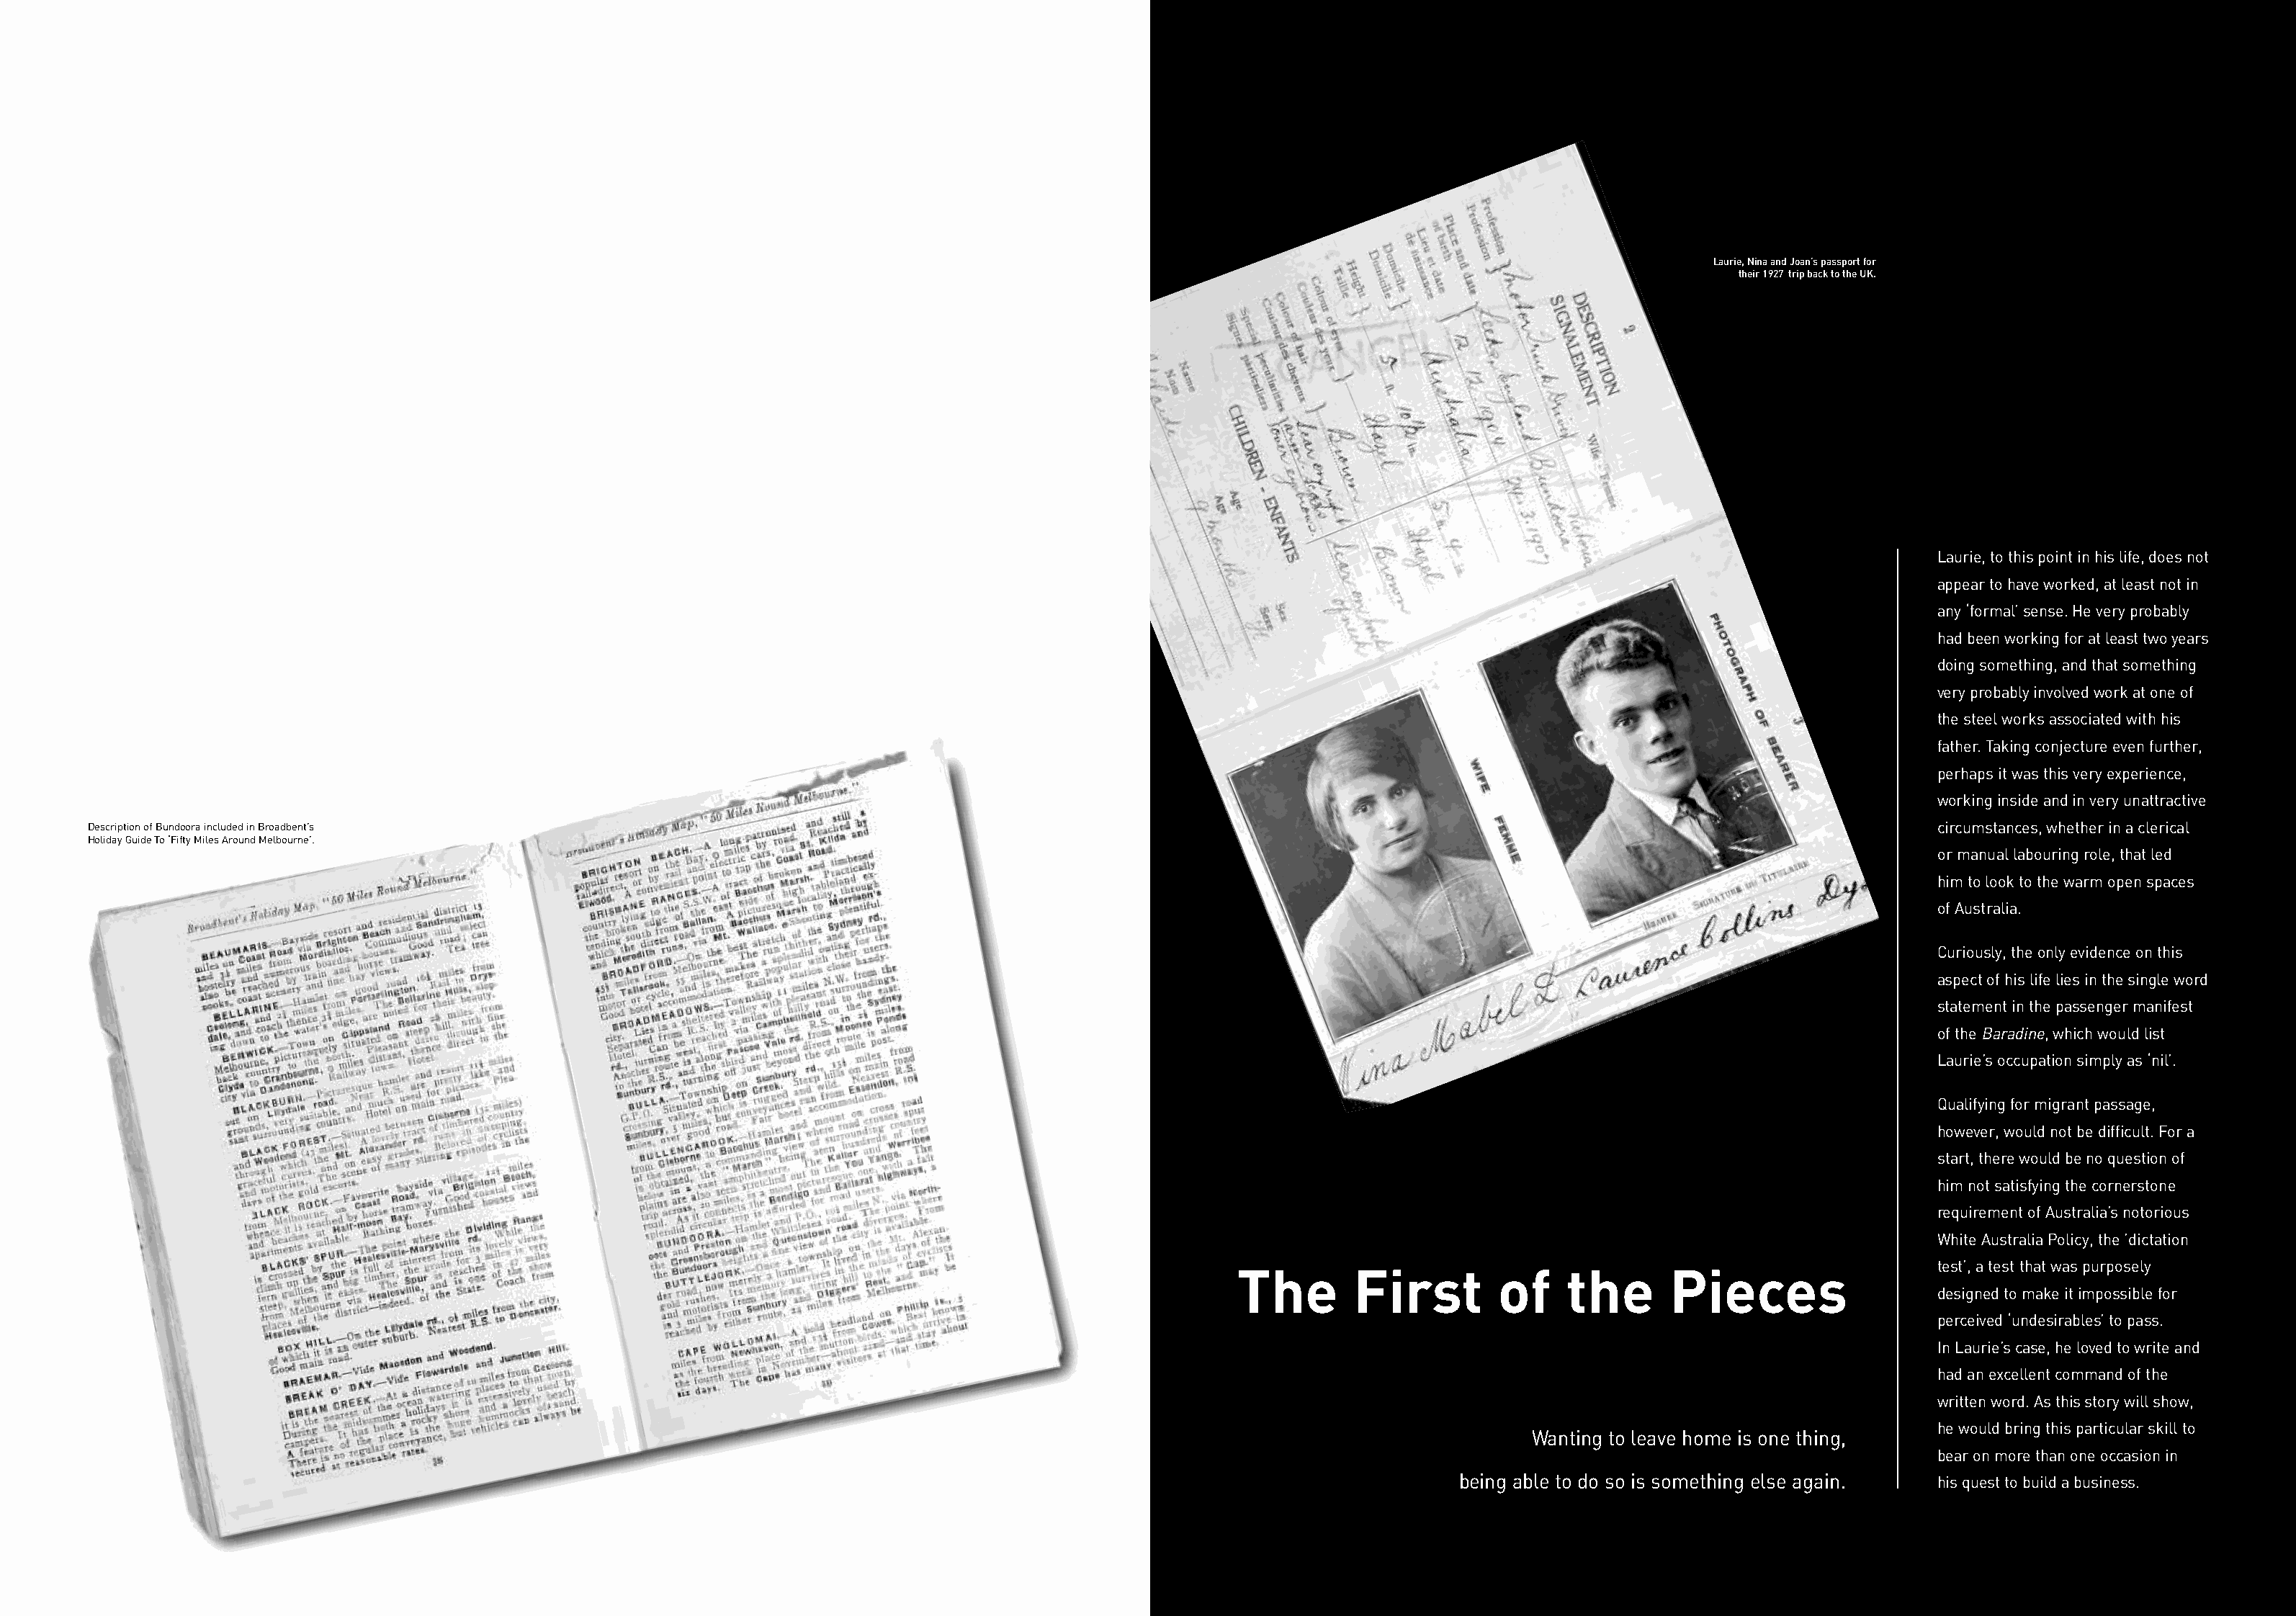
Laurie, Nina and Joan’s passport for
 their 1927 trip back to the UK.
 Laurie, to this point in his life, does not
 appear to have worked, at least not in
 any ‘formal’ sense. He very probably
 had been working for at least two years
 doing something, and that something
 very probably involved work at one of
 the steel works associated with his
 father. Taking conjecture even further,
 perhaps it was this very experience,
 working inside and in very unattractive
 Description of Bundoora included in Broadbent’s                                                                                                                           circumstances, whether in a clerical
 Holiday Guide To ‘Fifty Miles Around Melbourne’.
 or manual labouring role, that led
 him to look to the warm open spaces
 of Australia.
 Curiously, the only evidence on this
 aspect of his life lies in the single word
 statement in the passenger manifest
 of the Baradine, which would list
 Laurie’s occupation simply as ‘nil’.
 Qualifying for migrant passage,
 however, would not be difficult. For a
 start, there would be no question of
 him not satisfying the cornerstone
 requirement of Australia’s notorious
 White Australia Policy, the ’dictation
 test’, a test that was purposely
 The       First         of    the      Pieces
 designed to make it impossible for
 perceived ‘undesirables’ to pass.
 In Laurie’s case, he loved to write and
 had an excellent command of the
 written word. As this story will show,
 he would bring this particular skill to
 Wanting to leave home is one thing,
 bear on more than one occasion in
 being able to do so is something else again. his quest to build a business.